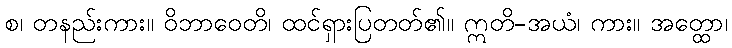
စ၊ တနည်းကား။ ဝိဘာဝေတိ၊ ထင်ရှားပြတတ်၏။ ဣတိ-အယံ၊ ကား။ အတ္ထော၊